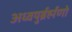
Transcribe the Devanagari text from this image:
अध्वयुर्ब्रर्ह्मणो